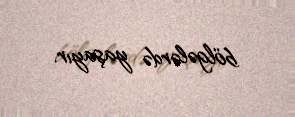
bölgələrdə yaşayır.